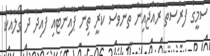
ސެމީގެ ފުރުސަތު ރާއްޖެއިން ތަނަވަސް ކުރީ ތިން ޕޮއިންޓާއި ފައިދާ ދެ ގޯލާއެކު